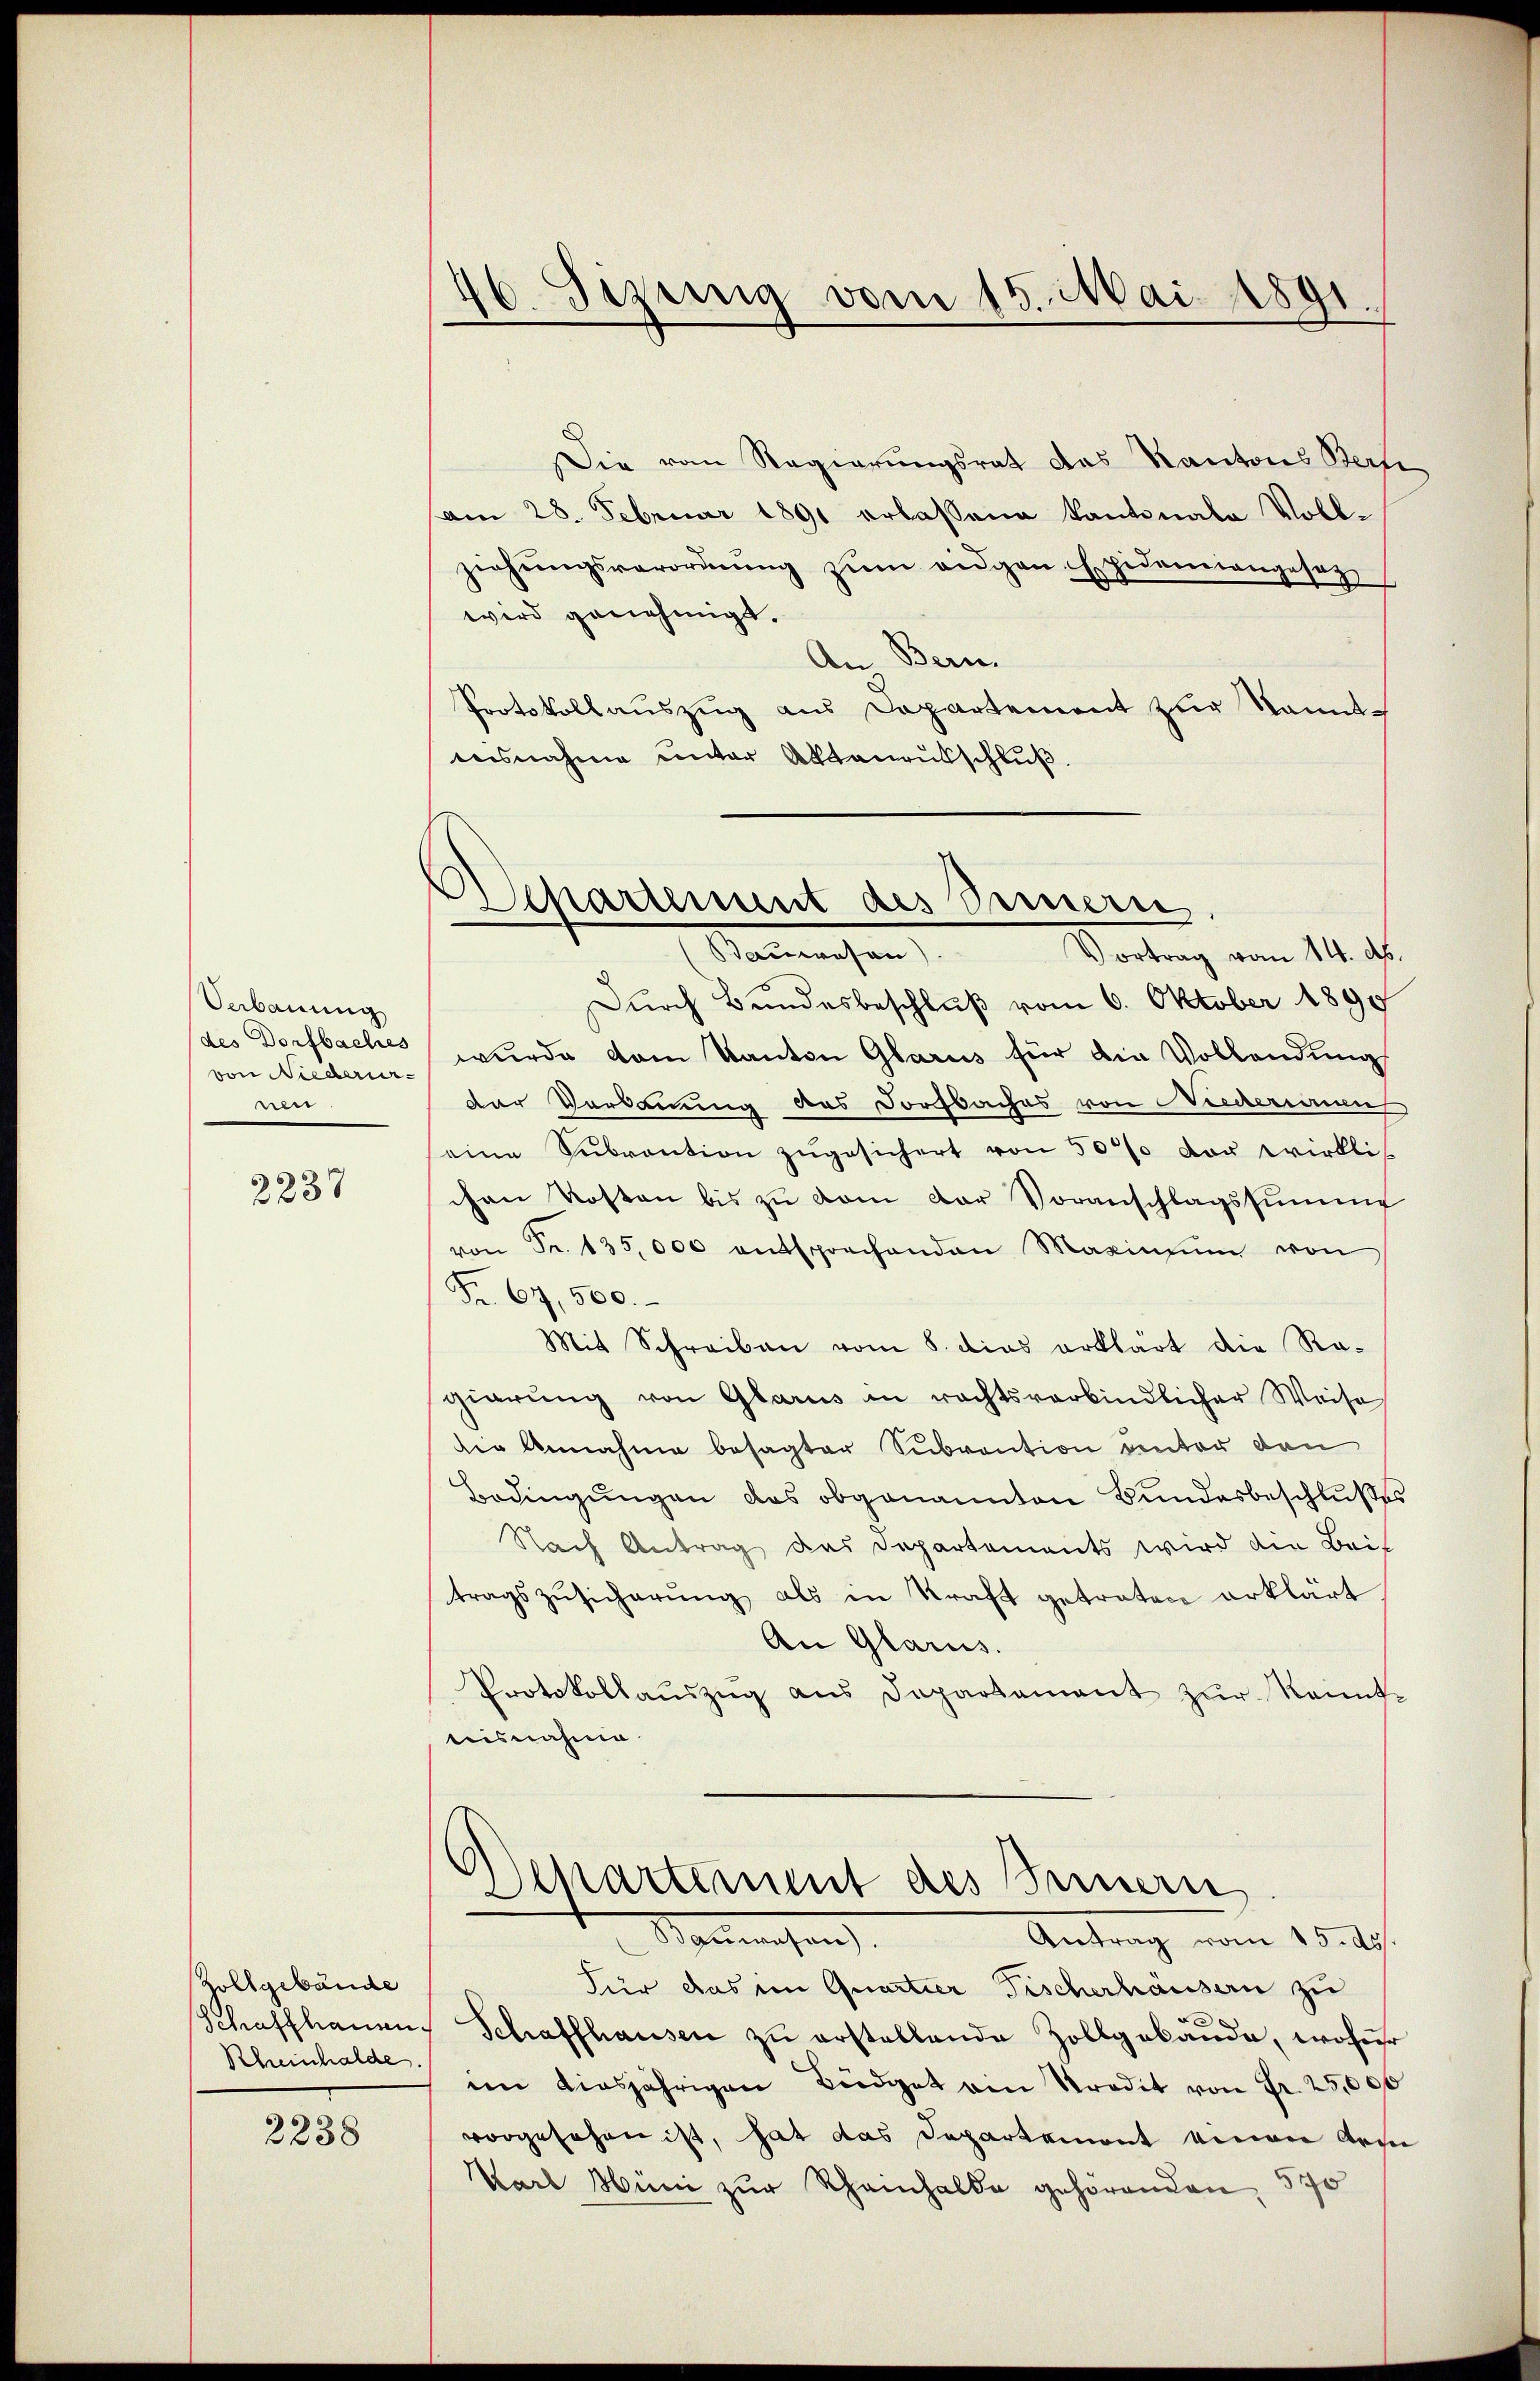
Verbauung
des Dorfbaches
von Niederurnen

2237

Zollgebäude
Rheinhalde

2238

46. Sizung vom 15. Mai 1891.

Departement des Bernern.
Bauwesen)
Vortrag vom 14. d.

Die vom Regierungsrat das Kantons Bern
am 28. Februar 1891 erlassene Kantonale Vollziehŭngsverordnŭng zŭm eidgen. Epidemiangesez
wird genehmigt.
An Bern.
Protokollauszug aus Departement zur kanntensnahme unter Aktenausschluß.
Durch Bundesbeschluß vom 6. Oktober 1890
wurde vom Kanton Glarus für die Vollendungs
der Verdauung des Dorfbaches von Niederinnen
eine Sŭbvention zŭgesichert von 50% vor wirkli
chen Kosten bis zu vom Dor Voranschlagssumme
von Fr. 135,000 entsprechenden Maxinsŭm von
Fr. 67,500.
Mit Schreiben vom 8. dies erklärt die Ragierŭng von Glarus in rechtsverbindlicher Weise
die Annahme besagter Subvention unter den
Bedingungen das obgenannten Bundesbeschlußes
Nach Antrag das Departements wird die Beit
tragszŭsicherŭng als in Kraft getreten erklärt
An Glarus.
Protokollaŭszŭg aŭs Departament zŭr Kennt-
isnahme
Olkartement des Innern
Manesen.
Antrag vom 15. d.
Für das im Quartier Fischerhäusern zu
Schaffhauen Schaffhausen zu erstellende Zollgebäude, wofür
im diesjährigen Büdget ain Predit von Fr. 25,000
vorgesehen ist, hat das Departemont einer Arme
Karl Hüni zur Rheinhalde gehörenden, 570